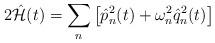
LaTeX: \begin{align*}2\hat{{\cal H}}(t)=\sum_n\left[\hat{p}_n^2(t)+\omega^2_n\hat{q}_n^2(t)\right]\end{align*}